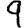
Digit: 9